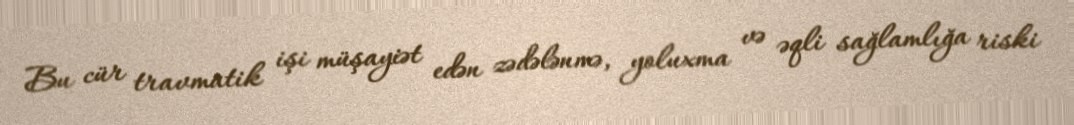
Bu cür travmatik işi müşayiət edən zədələnmə, yoluxma və əqli sağlamlığa riski